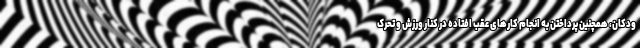
ودکان، همچنین پرداختن به انجام کارهای عقب افتاده در کنار ورزش و تحرک